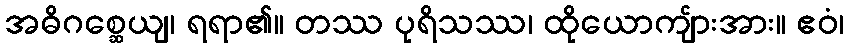
အဓိဂစ္ဆေယျ၊ ရရာ၏။ တဿ ပုရိသဿ၊ ထိုယောကျ်ားအား။ ဧဝံ၊